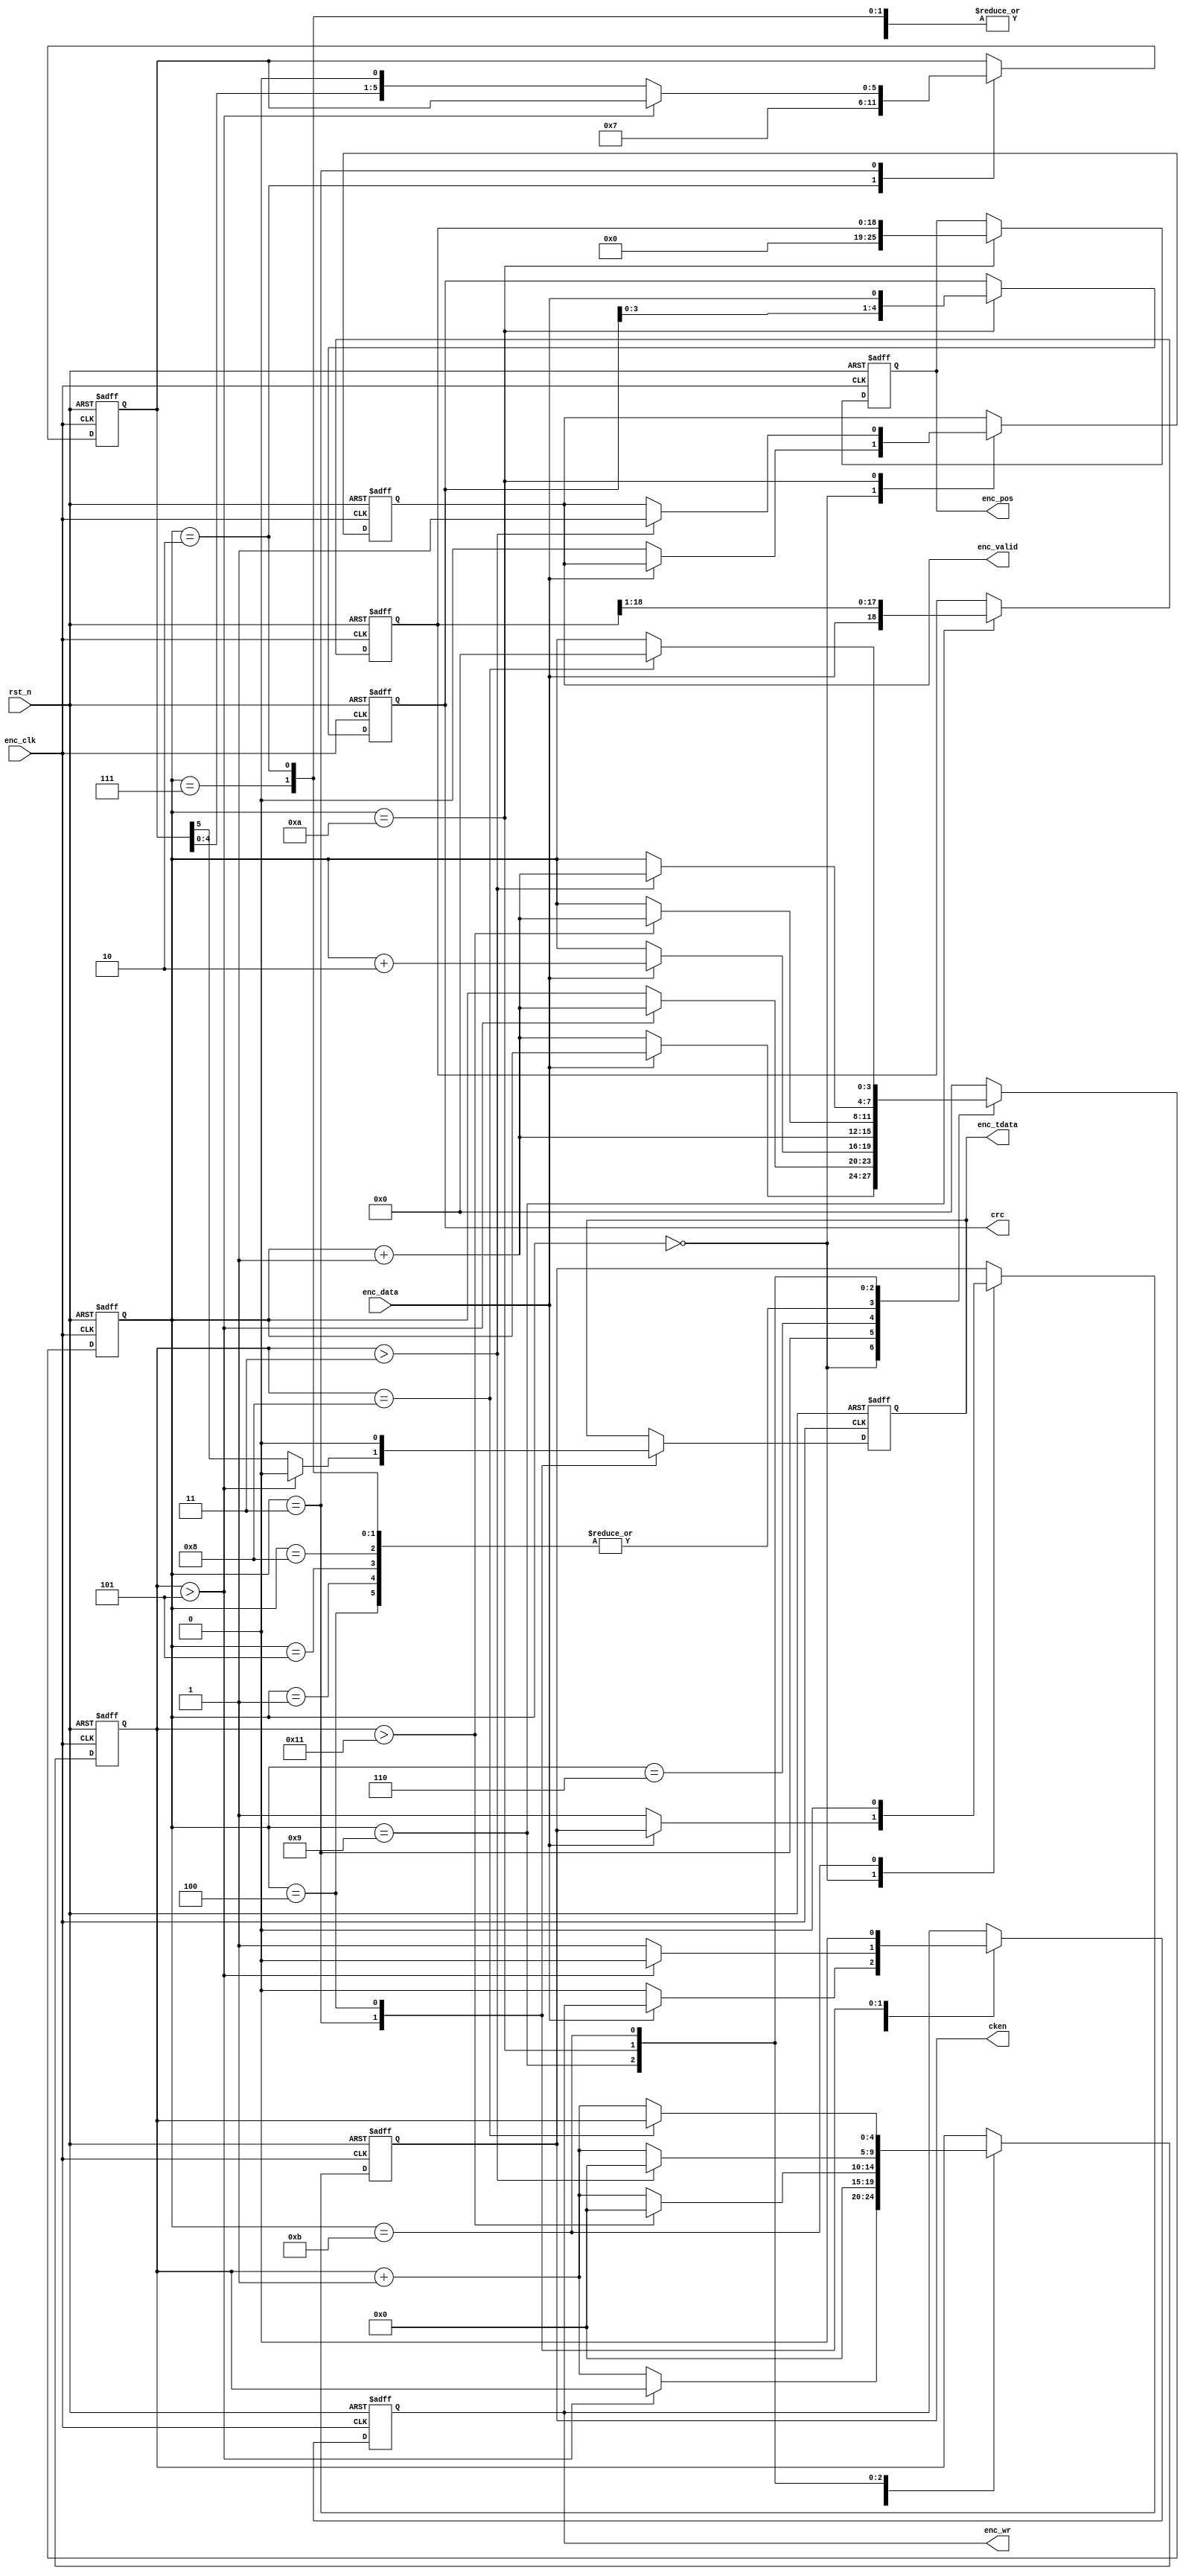
module endat22 (
	input rst_n,
	input enc_clk,
	output reg cken,
	input enc_data,
	output reg enc_tdata,
	output reg enc_wr, // 1: write, 0: read
	output reg enc_valid,
	output reg [25:0] enc_pos,
	output [4:0] crc
);

//localparam init = 4'b0000, t0 = 4'b0001, t1 = 4'b0010, mode = 4'b0011,
//				t3 = 4'b0100, t4 = 4'b0101, t5 = 4'b0110, start = 4'b0111,
//				alarm = 4'b1000, rd_data = 4'b1001, rd_crc = 4'b1010, error = 4'b1111;

reg [3:0] state;
reg [4:0] crc_data;
reg [18:0] pos_data;
reg [4:0] count;
reg [5:0] mode_cmd;

always @(posedge enc_clk, negedge rst_n) begin
	if(!rst_n) begin
		state <= 4'd0;
		crc_data <= 5'd0;
		pos_data <= 19'd0;
		count <= 5'd0;
		mode_cmd <= 6'b000111;
		enc_valid <= 1'b0;
		enc_pos <= 26'd0;
		cken <= 1'b0;
		enc_wr <= 1'b0;
		enc_tdata <= 1'b0;
	end
	else begin
		case(state)
			4'd0: begin
				if(!enc_data) begin
					state <= state + 1'b1;
					enc_valid <= 1'b0;
					cken <= 1'b1;
					enc_wr <= 1'b0;
				end
			end
			4'd1: begin
				state <= state + 1'b1;
			end
			4'd2: begin
				state <= state + 1'b1;
				count <= 5'd0;
				mode_cmd <= 6'b000111;
			end
			4'd3: begin
				if(count > 5'd5) begin
					state <= state + 1'b1;
					enc_tdata <= 1'b0;
					enc_wr <= 1'b0;
				end
				else begin
					count <= count + 1'b1;
					enc_tdata <= mode_cmd[5];
					mode_cmd <= {mode_cmd[4:0], 1'b0};
					enc_wr <= 1'b1;
				end
			end
			4'd4: begin
				count <= 5'd0;
				state <= state + 1'b1;
				enc_tdata <= 1'b0;
				enc_wr <= 1'b0;
			end
			4'd5: begin
				state <= state + 1'b1;
			end
			4'd6: begin
				/*if(!enc_data) begin
					if(count == 5'd3) state <= state + 1'b1;
					else count <= count + 1'b1;
				end
				else count <= 5'd0;*/
				if(enc_data) state <= state + 2'd2;
			end
			4'd7: begin
				state <= state + 1'b1;
				count <= 5'd0;
			end
			4'd8: begin
				state <= state + 1'b1;
			end
			4'd9: begin
				pos_data <= {enc_data, pos_data[18:1]};
				if(count > 5'd17) begin
					state <= state + 1'b1;
					count <= 5'd0;
				end
				else count <= count + 1'b1;
			end
			4'd10: begin
				enc_pos <= {7'd0, pos_data};
				if(count > 5'd3) begin
					state <= state + 1'b1;
					enc_valid <= 1'b1;
					crc_data <= {crc_data[3:0], enc_data};
					count <= 5'd0;
				end
				else begin
					count <= count + 1'b1;
					crc_data <= {crc_data[3:0], enc_data};
				end
			end
			4'd11: begin
				cken <= 1'b0;
				//if(enc_data) begin
					if(count == 5'd8) state <= 0;
					else count <= count + 1'b1;
				//end
				//else count <= 0;
			end
			default: begin
				state <= 4'd0;
			end
		endcase
	end
end

assign crc = crc_data;

endmodule